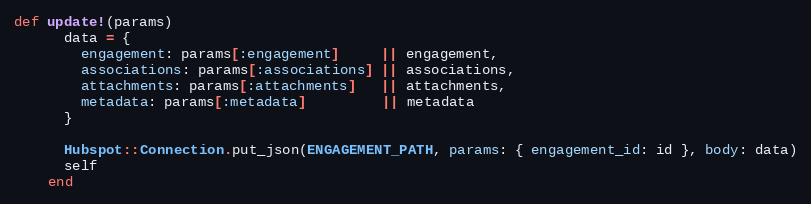
Language: Ruby
def update!(params)
      data = {
        engagement: params[:engagement]     || engagement,
        associations: params[:associations] || associations,
        attachments: params[:attachments]   || attachments,
        metadata: params[:metadata]         || metadata
      }

      Hubspot::Connection.put_json(ENGAGEMENT_PATH, params: { engagement_id: id }, body: data)
      self
    end